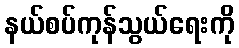
နယ်စပ်ကုန်သွယ်ရေးကို